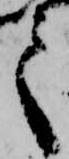
て